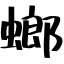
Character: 螂